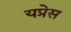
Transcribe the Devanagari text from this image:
यप्रेस